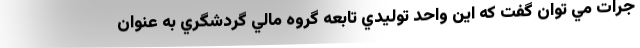
جرات مي توان گفت كه اين واحد توليدي تابعه گروه مالي گردشگري به عنوان